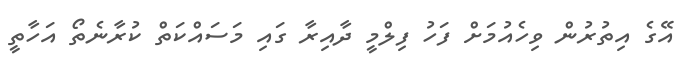
އޭގެ އިތުރުން ވިހެއުމަށް ފަހު ފިލްމީ ދާއިރާ ގައި މަސައްކަތް ކުރާނެތޯ އަހާތީ